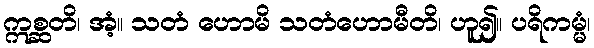
ဣစ္ဆတိ၊ အံ့။ သတံ ဟောမိ သတံဟောမီတိ၊ ဟူ၍။ ပရိကမ္မံ၊